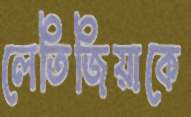
লেতিজিয়াকে